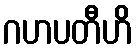
ဂဟပတီဟိ